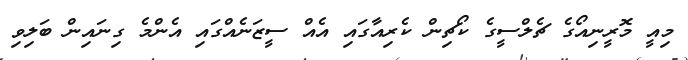
މިއީ މޮރީނިއޯގެ ޗެލްސީގެ ކޯޗިން ކެރިއާގައި އެއް ސީޒަނެއްގައި އެންމެ ގިނައިން ބަލިވި